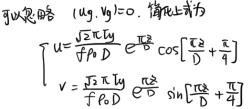
可以忽略 $(1 \mathrm{~kg}, 1 \mathrm{~g})=0$. 简化上式为
\[
\begin{cases}
u=\frac{\sqrt{2} \pi \mathrm{t} y}{f \lambda_{0} D} \mathrm{e}^{\frac{\mathrm{i} \pi \mathrm{t}^{2}}{D}} \cos \left[\frac{\mathrm{t} x}{D}+\frac{\pi}{4}\right] \\
v=\frac{\sqrt{2} \pi \mathrm{t} y}{f \lambda_{0} D} \mathrm{e}^{\frac{\mathrm{i} \pi \mathrm{t}^{2}}{D}} \sin \left[\frac{\mathrm{t} x}{D}+\frac{\pi}{4}\right]
\end{cases}
\]